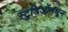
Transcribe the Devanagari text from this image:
स्टुडिओंमधून